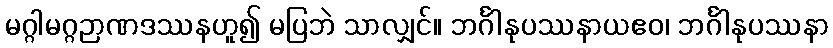
မဂ္ဂါမဂ္ဂဉာဏဒဿနဟူ၍ မပြဘဲ သာလျှင်။ ဘင်္ဂါနုပဿနာယဧဝ၊ ဘင်္ဂါနုပဿနာ